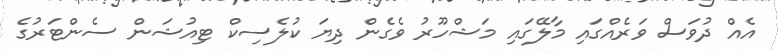
އެއް ދުވަސް ވަރެއްގައި މާލޭގައި މަޝްހޫރު ވެގެން ދިޔަ ކުލެސިކް ޓިއުޝަން ސެންޓަރުގެ